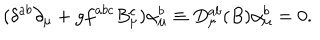
( \delta ^ { a b } \partial _ { \mu } + g f ^ { a b c } B _ { \mu } ^ { c } ) \alpha _ { \mu } ^ { b } \equiv D _ { \mu } ^ { a b } ( B ) \alpha _ { \mu } ^ { b } = 0 .